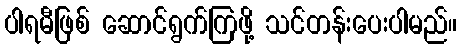
ပါရမီဖြစ် ဆောင်ရွက်ကြဖို့ သင်တန်းပေးပါမည်။